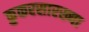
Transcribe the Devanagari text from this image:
कुकरसारख्या